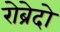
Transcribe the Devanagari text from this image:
रोब्रेदो